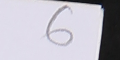
6